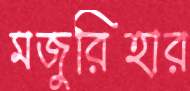
মজুরিহার